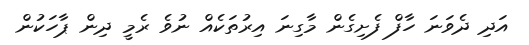
އަދި ދެވަނަ ހާފް ފެށިގެން މާގިނަ އިރުތަކެއް ނުވެ ރެމީ ދިން ޕާހަކުން